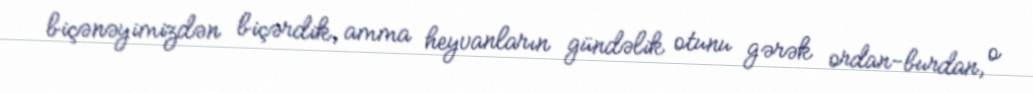
biçənəyimizdən biçərdik, amma heyvanların gündəlik otunu gərək ordan-burdan, o